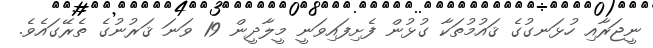
ނީޖަރާއި ހުޅަނގުގެ ޤައުމުތަކާ ގުޅުން ފެށިފައިވަނީ މީލާދީން 19 ވަނަ ޤަރުނުގެ ތެރޭގައެވެ.